Annual administration report of the Bombay Presidency - 1887-1892
Year: 1887
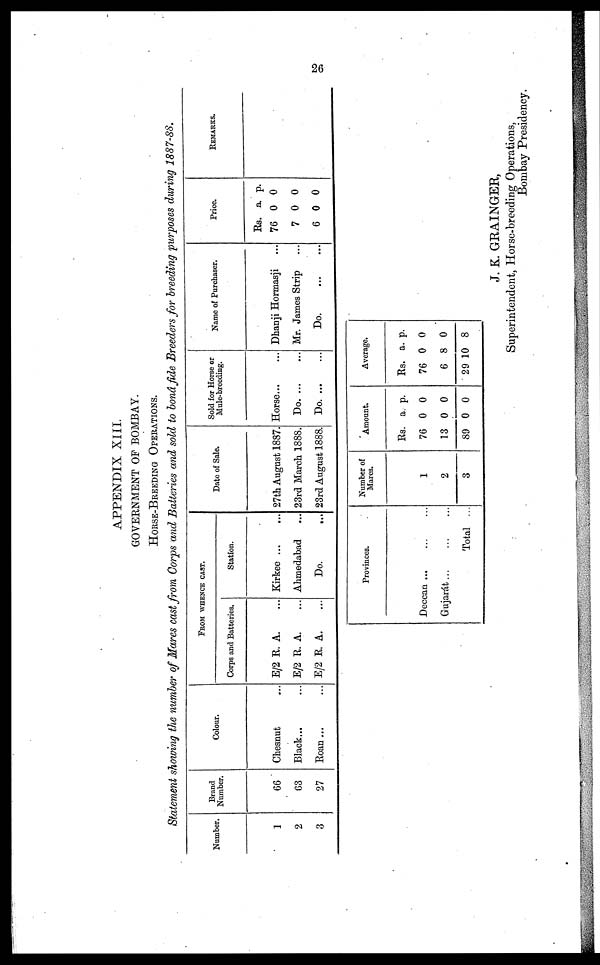
26
APPENDIX XIII.
GOVERNMENT OF BOMBAY.
HORSE-BREEDING OPERATIONS.
Statement showing the number of Mares cast from Corps and Batteries and sold to bonâ fide Breeders for breeding purposes during 1887-88.
Number.
1
2
3
Brand
Number.
66
63
27
Colour.
Chesnut ... ...
Black... ...
Roan ... ...
FROM WHENCE CAST.
Corps and Batteries.
E/2 R. A. ...
E/2 R. A. ...
E/2 R. A. ...
Station.
Kirkee ... ...
Ahmedabad ...
Do. ...
Date of Sale.
27th August 1887.
23rd March 1888.
23rd August 1888.
Sold for Horse or
Mule-breeding.
Horse... ...
Do.
...
...
Do.
...
...
Name of Purchaser.
Dhanji Hormasji ...
Mr. James Strip ...
Do.
...
...
Price.
Rs.
76
7
6
a.
0
0
0
p.
0
0
0
REMARKS.
Provinces.
Deccan ... ... ...
Gujarát ... ... ...
Total ...
Number of
Mares.
1
2
3
Amount.
Rs.
76
13
89
a.
0
0
0
p.
0
0
0
Average.
Rs.
76
6
29
a.
0
8
10
p.
0
0
8
J. K. GRAINGER,
Superintendent, Horse-breeding Operations,
Bombay Presidency.